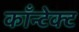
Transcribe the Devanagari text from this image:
काँन्टेक्ट